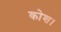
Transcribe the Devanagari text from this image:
कोश।